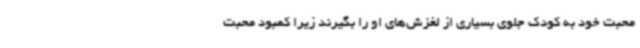
محبت خود به کودک جلوی بسیاری از لغزش‌های او را بگیرند زیرا کمبود محبت